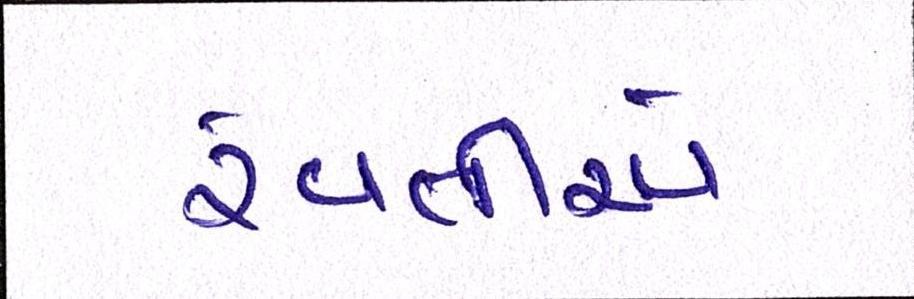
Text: રેવતીએ